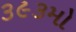
૩૯૩મો